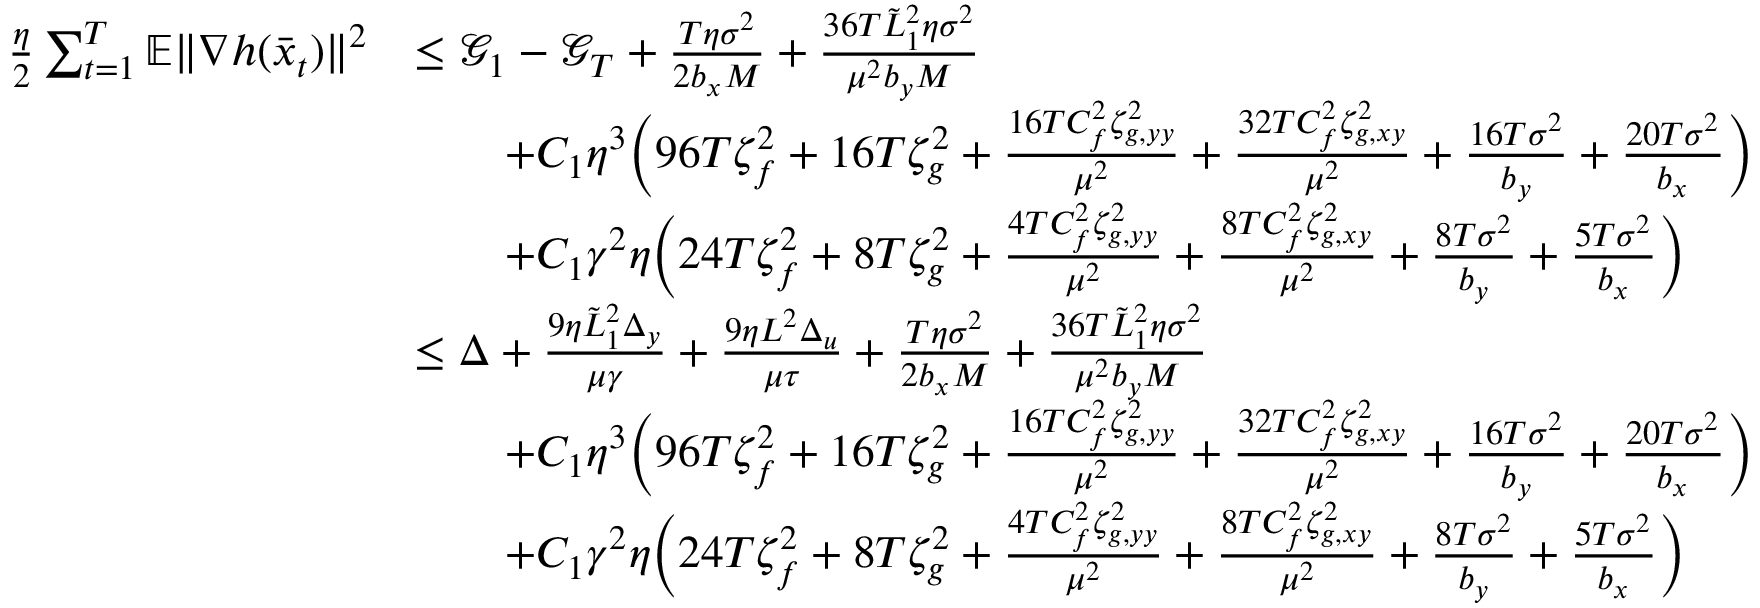
\begin{array} { r l } { \frac { \eta } { 2 } \sum _ { t = 1 } ^ { T } \mathbb { E } \| \nabla h ( \bar { x } _ { t } ) \| ^ { 2 } } & { \leq \mathcal { G } _ { 1 } - \mathcal { G } _ { T } + \frac { T \eta \sigma ^ { 2 } } { 2 b _ { x } M } + \frac { 3 6 T \tilde { L } _ { 1 } ^ { 2 } \eta \sigma ^ { 2 } } { \mu ^ { 2 } b _ { y } M } } \\ & { \qquad + C _ { 1 } \eta ^ { 3 } \bigg ( 9 6 T \zeta _ { f } ^ { 2 } + 1 6 T \zeta _ { g } ^ { 2 } + \frac { 1 6 T C _ { f } ^ { 2 } \zeta _ { g , y y } ^ { 2 } } { \mu ^ { 2 } } + \frac { 3 2 T C _ { f } ^ { 2 } \zeta _ { g , x y } ^ { 2 } } { \mu ^ { 2 } } + \frac { 1 6 T \sigma ^ { 2 } } { b _ { y } } + \frac { 2 0 T \sigma ^ { 2 } } { b _ { x } } \bigg ) } \\ & { \qquad + C _ { 1 } \gamma ^ { 2 } \eta \bigg ( 2 4 T \zeta _ { f } ^ { 2 } + 8 T \zeta _ { g } ^ { 2 } + \frac { 4 T C _ { f } ^ { 2 } \zeta _ { g , y y } ^ { 2 } } { \mu ^ { 2 } } + \frac { 8 T C _ { f } ^ { 2 } \zeta _ { g , x y } ^ { 2 } } { \mu ^ { 2 } } + \frac { 8 T \sigma ^ { 2 } } { b _ { y } } + \frac { 5 T \sigma ^ { 2 } } { b _ { x } } \bigg ) } \\ & { \leq \Delta + \frac { 9 \eta \tilde { L } _ { 1 } ^ { 2 } \Delta _ { y } } { \mu \gamma } + \frac { 9 \eta L ^ { 2 } \Delta _ { u } } { \mu \tau } + \frac { T \eta \sigma ^ { 2 } } { 2 b _ { x } M } + \frac { 3 6 T \tilde { L } _ { 1 } ^ { 2 } \eta \sigma ^ { 2 } } { \mu ^ { 2 } b _ { y } M } } \\ & { \qquad + C _ { 1 } \eta ^ { 3 } \bigg ( 9 6 T \zeta _ { f } ^ { 2 } + 1 6 T \zeta _ { g } ^ { 2 } + \frac { 1 6 T C _ { f } ^ { 2 } \zeta _ { g , y y } ^ { 2 } } { \mu ^ { 2 } } + \frac { 3 2 T C _ { f } ^ { 2 } \zeta _ { g , x y } ^ { 2 } } { \mu ^ { 2 } } + \frac { 1 6 T \sigma ^ { 2 } } { b _ { y } } + \frac { 2 0 T \sigma ^ { 2 } } { b _ { x } } \bigg ) } \\ & { \qquad + C _ { 1 } \gamma ^ { 2 } \eta \bigg ( 2 4 T \zeta _ { f } ^ { 2 } + 8 T \zeta _ { g } ^ { 2 } + \frac { 4 T C _ { f } ^ { 2 } \zeta _ { g , y y } ^ { 2 } } { \mu ^ { 2 } } + \frac { 8 T C _ { f } ^ { 2 } \zeta _ { g , x y } ^ { 2 } } { \mu ^ { 2 } } + \frac { 8 T \sigma ^ { 2 } } { b _ { y } } + \frac { 5 T \sigma ^ { 2 } } { b _ { x } } \bigg ) } \end{array}